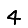
Digit: 4